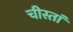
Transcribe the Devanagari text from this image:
चीस्तां